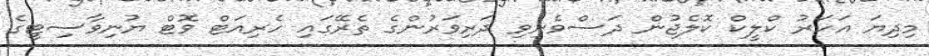
މިދިޔަ އަހަރު ކްލީކް ކޮލެޖުން ދަސްވެނިވި ދަރިވަރުންގެ ތެރޭގައި ހެރިއަޓް ވޮޓް ޔުނިވާސިޓީގެ